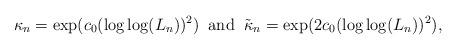
LaTeX: \begin{align*} \kappa_n=\exp(c_0(\log\log(L_n))^2)\;\;\textrm{and}\;\;\tilde{\kappa}_n=\exp(2c_0(\log\log(L_n))^2),\end{align*}